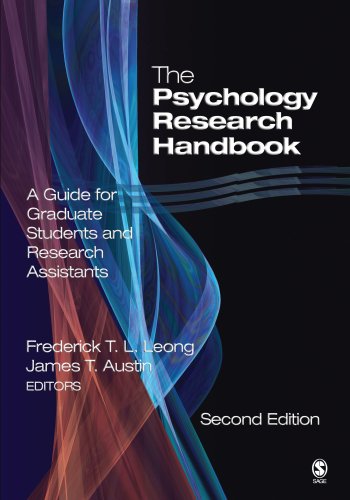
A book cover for The Psychology Research Handbook: A Guide for Graduate Students and Research Assistants; Frederick T. L. Leong; Medical Books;